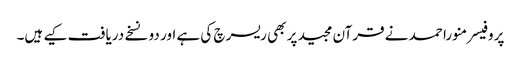
پروفیسر منورا حمد نے قرآن مجید پر بھی ریسرچ کی ہے اور دو نسخے دریافت کیے ہیں۔